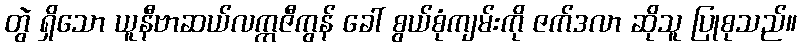
တွဲ ရှိသော ယူနီဗာဆယ်လက္ကဇီကွန် ခေါ် စွယ်စုံကျမ်းကို ဇက်ဒလာ ဆိုသူ ပြုစုသည်။